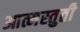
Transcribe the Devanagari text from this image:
आत्मस्तुती